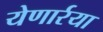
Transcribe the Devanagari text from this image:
येणार्रया